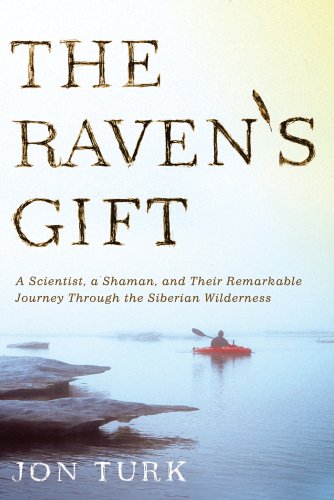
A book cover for The Raven's Gift: A Scientist, a Shaman, and Their Remarkable Journey Through the Siberian Wilderness; Jon Turk; Travel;